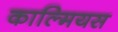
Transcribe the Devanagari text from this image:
काल्मियस